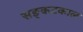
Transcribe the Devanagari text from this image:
सङ्कटकाल